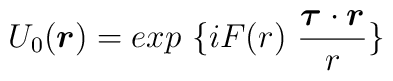
U_0(\mbox{\boldmath$r$})=exp~\{ iF(r) ~\frac{\mbox{\boldmath$\tau$} \cdot \mbox{\boldmath$r$}}{r} \}